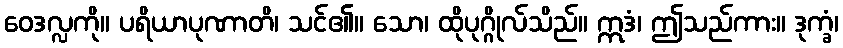
ဝေဒလ္လကို။ ပရိယာပုဏာတိ၊ သင်၏။ သော၊ ထိုပုဂ္ဂိုလ်သိည်။ ဣဒံ၊ ဤသည်ကား။ ဒုက္ခံ၊